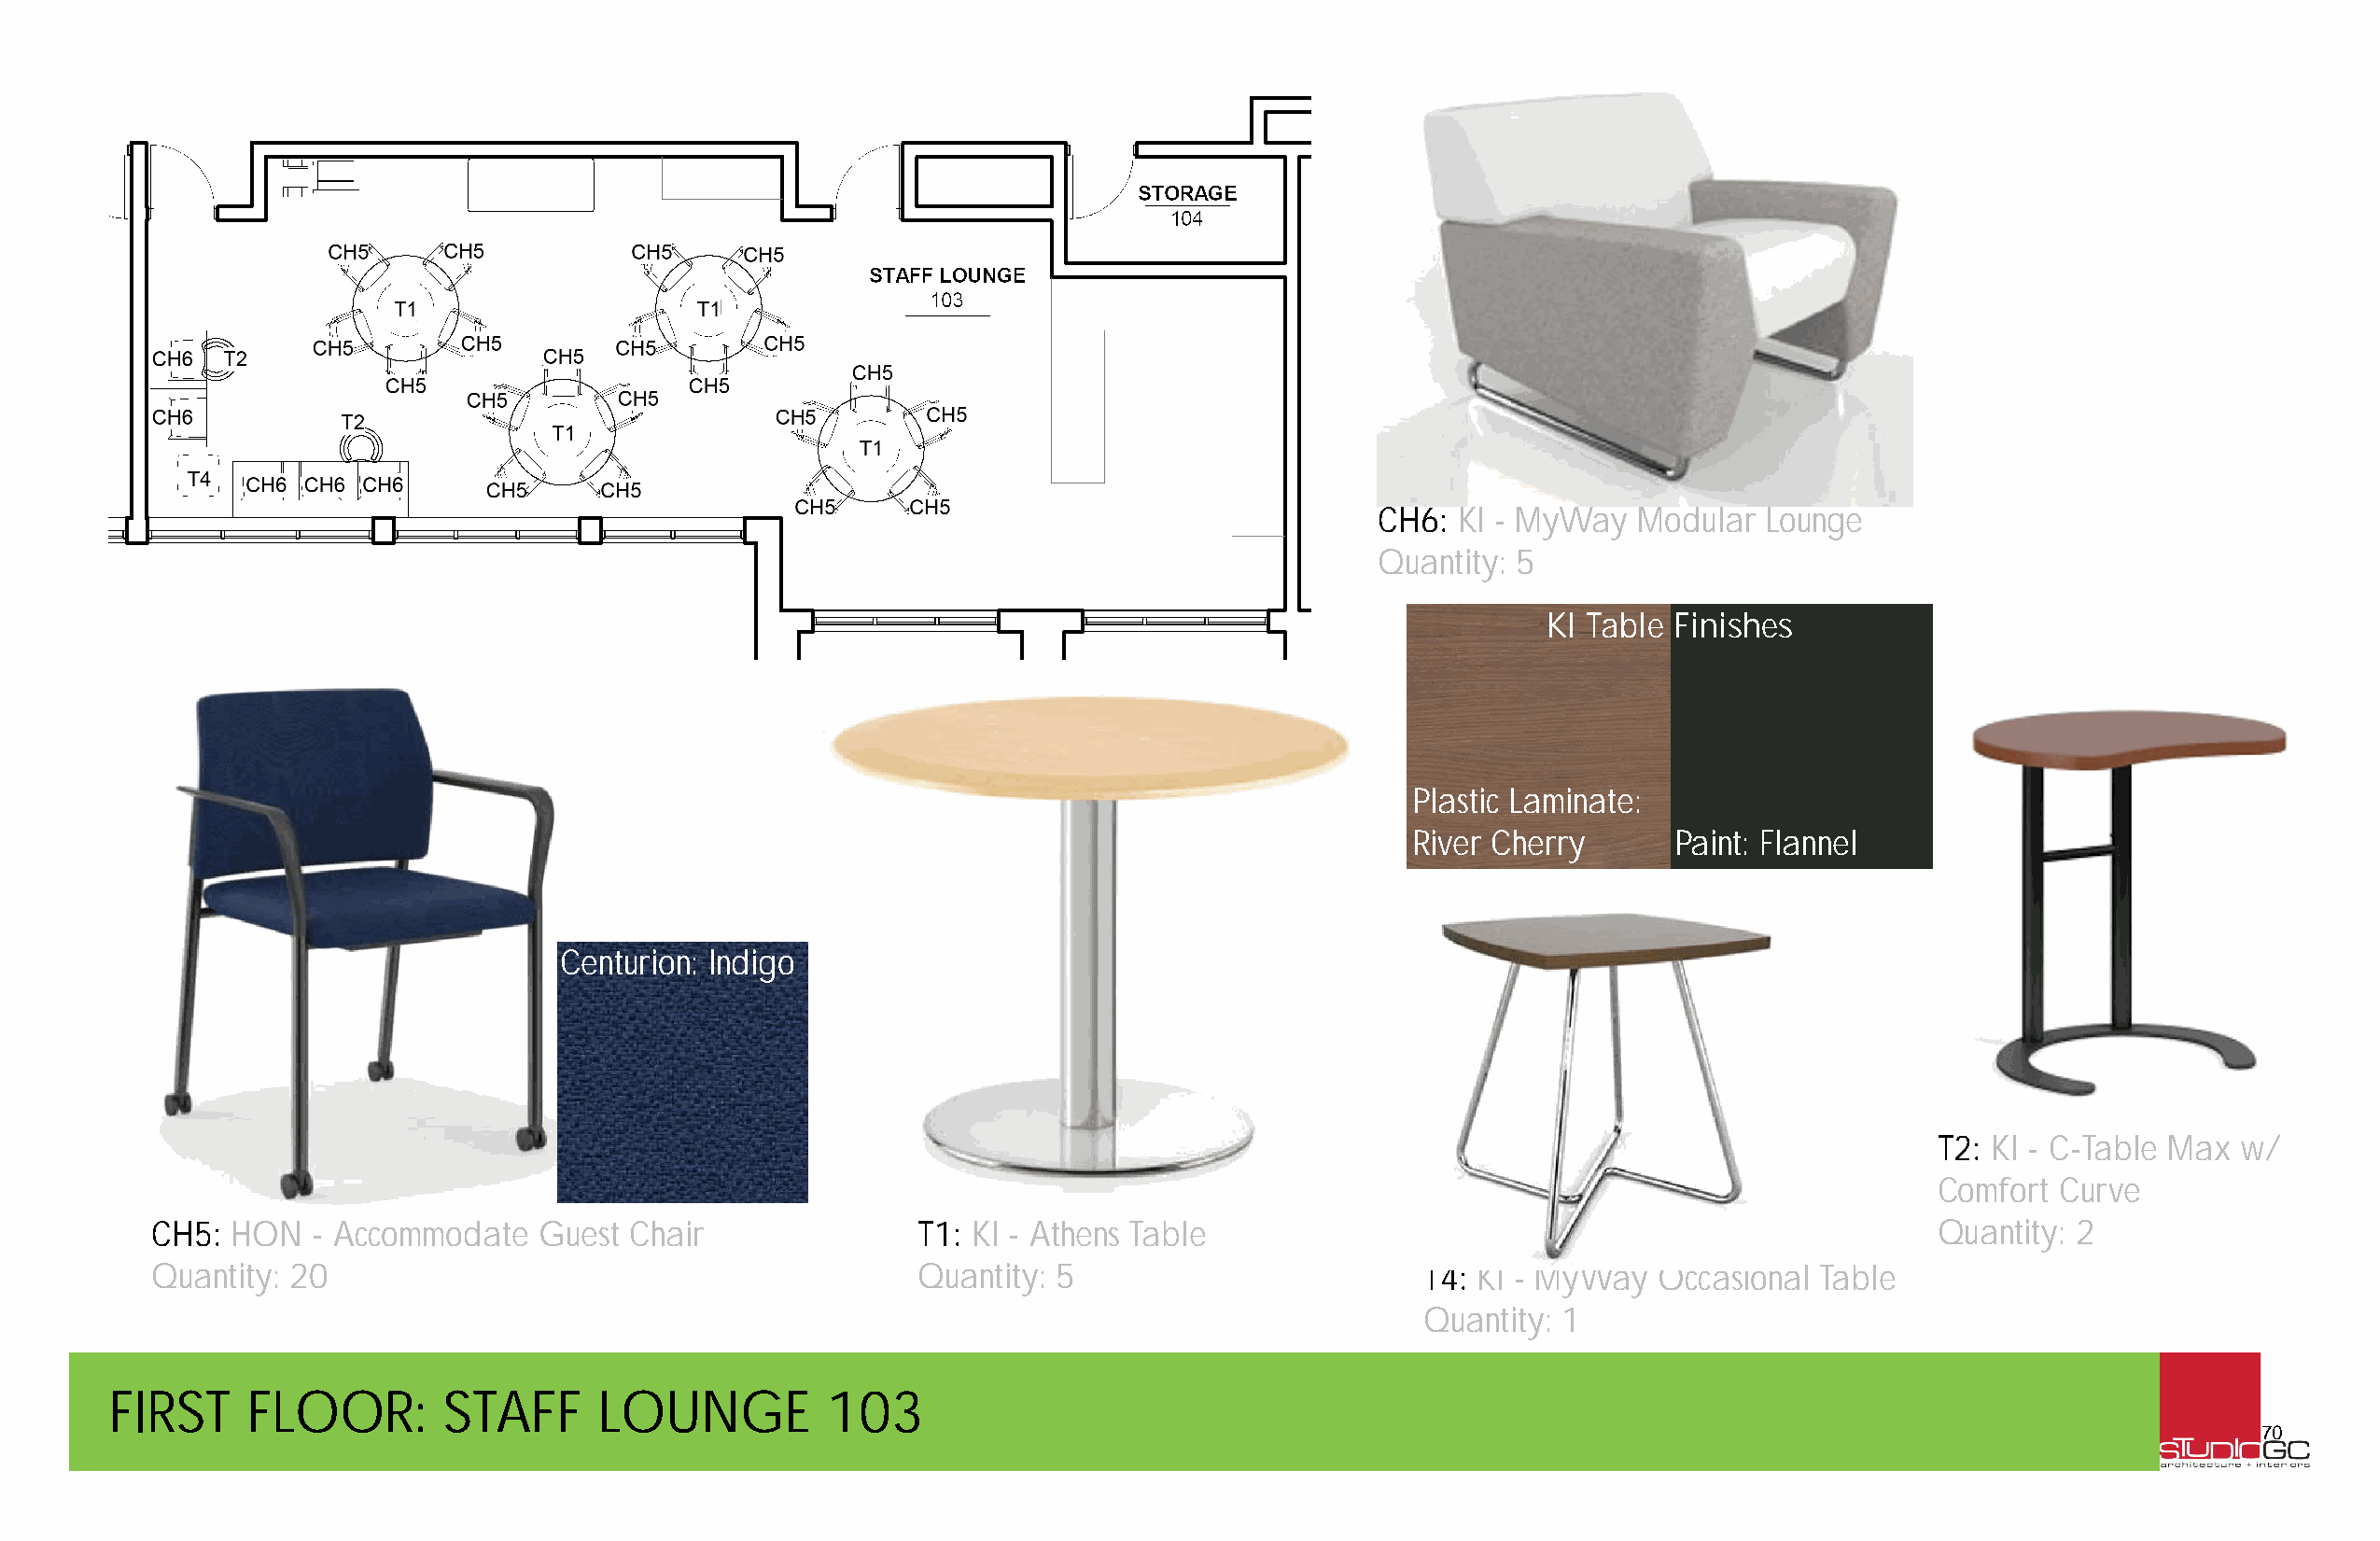
CH6: KI - MyWay   Modular  Lounge
 Quantity: 5
 KI Table Finishes
 Plastic Laminate:
 River Cherry       Paint: Flannel
 Centurion: Indigo
 T2: KI - C-Table Max  w/
 Comfort  Curve
 CH5: HON   - Accommodate   Guest  Chair               T1: KI - Athens Table                                                   Quantity: 2
 Quantity: 20                                          Quantity: 5                         T4: KI - MyWay   Occasional Table
 Quantity: 1
 FIRST     FLOOR:       STAFF      LOUNGE           103
 70